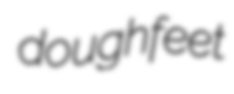
doughfeet